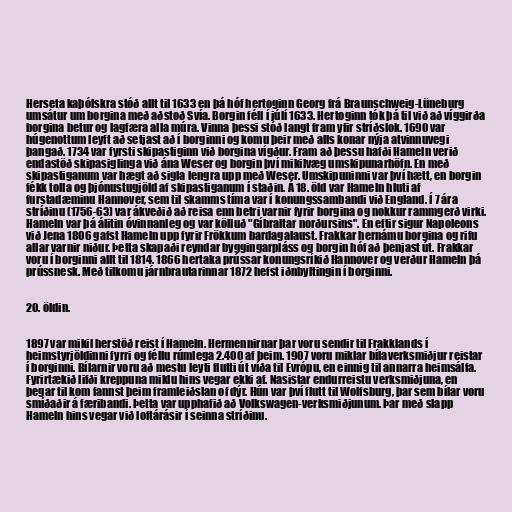
Herseta kaþólskra stóð allt til 1633 en þá hóf hertoginn Georg frá Braunschweig-Lüneburg
umsátur um borgina með aðstoð Svía. Borgin féll í júlí 1633. Hertoginn tók þá til við að víggirða
borgina betur og lagfæra alla múra. Vinna þessi stóð langt fram yfir stríðslok. 1690 var
húgenottum leyft að setjast að í borginni og komu þeir með alls konar nýja atvinnuvegi
þangað. 1734 var fyrsti skipastiginn við borgina vígður. Fram að þessu hafði Hameln verið
endastöð skipasiglinga við ána Weser og borgin því mikilvæg umskipunarhöfn. En með
skipastiganum var hægt að sigla lengra upp með Weser. Umskipuninni var því hætt, en borgin
fékk tolla og þjónustugjöld af skipastiganum í staðin. Á 18. öld var Hameln hluti af
furstadæminu Hannover, sem til skamms tíma var í konungssambandi við England. Í 7 ára
stríðinu (1756-63) var ákveðið að reisa enn betri varnir fyrir borgina og nokkur rammgerð virki.
Hameln var þá álitin óvinnanleg og var kölluð "Gíbraltar norðursins". En eftir sigur Napoleons
við Jena 1806 gafst Hameln upp fyrir Frökkum bardagalaust. Frakkar hernámu borgina og rifu
allar varnir niður. Þetta skapaði reyndar byggingarpláss og borgin hóf að þenjast út. Frakkar
voru í borginni allt til 1814. 1866 hertaka prússar konungsríkið Hannover og verður Hameln þá
prússnesk. Með tilkomu járnbrautarinnar 1872 hefst iðnbyltingin í borginni.

20. öldin.

1897 var mikil herstöð reist í Hameln. Hermennirnar þar voru sendir til Frakklands í
heimstyrjöldinni fyrri og féllu rúmlega 2.400 af þeim. 1907 voru miklar bílaverksmiðjur reistar
í borginni. Bílarnir voru að mestu leyti flutti út víða til Evrópu, en einnig til annarra heimsálfa.
Fyrirtækið lifði kreppuna miklu hins vegar ekki af. Nasistar endurreistu verksmiðjuna, en
þegar til kom fannst þeim framleiðslan of dýr. Hún var því flutt til Wolfsburg, þar sem bílar voru
smíðaðir á færibandi. Þetta var upphafið að Volkswagen-verksmiðjunum. Þar með slapp
Hameln hins vegar við loftárásir í seinna stríðinu.